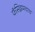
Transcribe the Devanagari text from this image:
फॅसिझमचाच